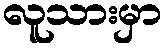
လူသားမှာ